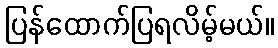
ပြန်ထောက်ပြရလိမ့်မယ်။